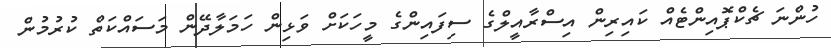
ހުންނަ ޗެކްޕޮއިންޓެއް ކައިރިން އިސްރާއީލްގެ ސިފައިންގެ މީހަކަށް ވަޅިން ހަމަލާދޭން މަސައްކަތް ކުރުމުން